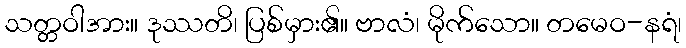
သတ္တဝါအား။ ဒုဿတိ၊ ပြစ်မှား၏။ ဗာလံ၊ မိုက်သော။ တမေဝ-နရံ၊